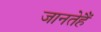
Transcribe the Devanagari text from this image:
जानतेहैं